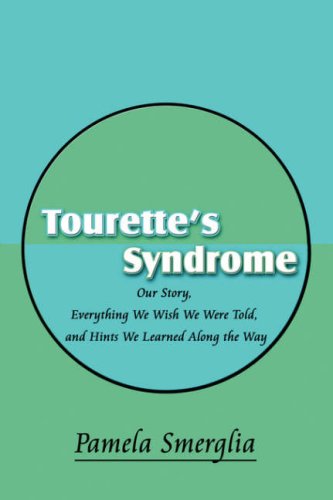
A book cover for Tourette's Syndrome: Our Story, Everything We Wish We Were Told, and Hints We Learned Along the Way; Pamela Smerglia; Health, Fitness & Dieting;